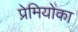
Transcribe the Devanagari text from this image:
प्रेमियोंका